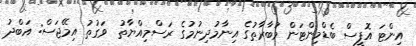
އިންޓަ އޮފީސް ބެޑްމިންޓަން މުބާރާތުގެ އިނާމުދިނުމުގެ ރަސްމިއްޔާތު  ވަގުތު އިމޭޖަސް: އަބްދު